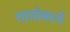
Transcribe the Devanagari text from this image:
शातोमध्ये